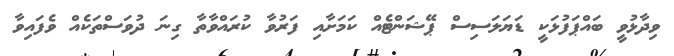
ވިދާޅުވީ ބައްޕަފުޅަކީ ޑަޔަލަސިސް ޕޭޝަންޓެއް ކަމަށާއި ފަރުވާ ކުރައްވާތާ ގިނަ ދުވަސްތަކެއް ވެފައިވާ